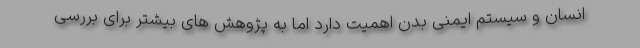
انسان و سیستم ایمنی بدن اهمیت دارد اما به پژوهش های بیشتر برای بررسی